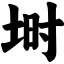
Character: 埘